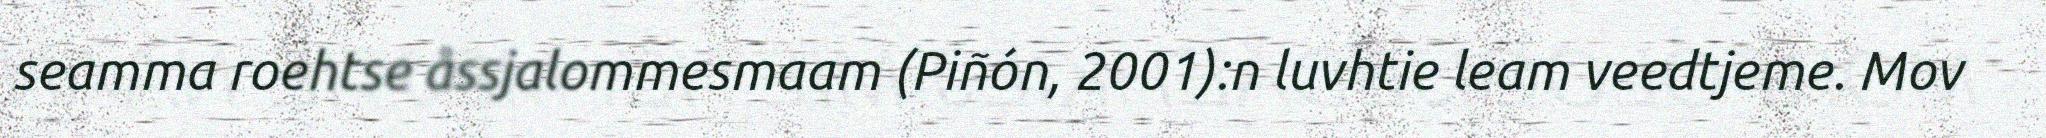
seamma roehtse åssjalommesmaam (Piñón, 2001):n luvhtie leam veedtjeme. Mov